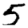
Digit: 5